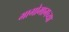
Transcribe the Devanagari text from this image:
मागोमागच्या